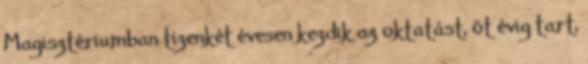
Magisztériumban tizenkét évesen kezdik az oktatást, öt évig tart,